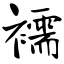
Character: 襦